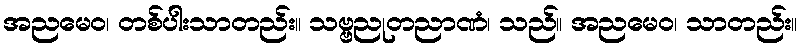
အညမေဝ၊ တစ်ပါးသာတည်း။ သဗ္ဗညုတညာဏံ၊ သည်။ အညမေဝ၊ သာတည်း။